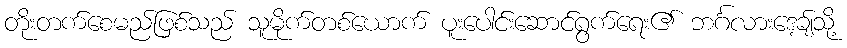
တိုးတက်စေမည်ဖြစ်သည် သူမိုက်တစ်ယောက် ပူးပေါင်းဆောင်ရွက်ရေး၏ ဘင်္ဂလားဒေ့ချ်သို့